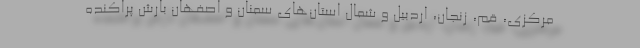
مرکزی، قم، زنجان، اردبیل و شمال استان‌های سمنان و اصفهان بارش پراکنده